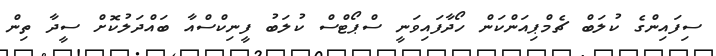
ސިފައިންގެ ކުލަބް ޗެމްޕިއަންކަން ހޯދާފައިވަނީ ސްޕޯޓްސް ކުލަބު ފީނިކްސްއާ ބައްދަލުކޮށް ސީދާ ތިން